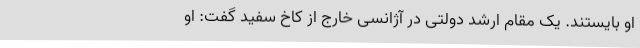
او بایستند. یک مقام ارشد دولتی در آژانسی خارج از کاخ سفید گفت: او